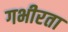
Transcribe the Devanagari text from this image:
गभीरता